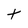
Character: t